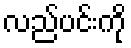
လည်ပင်းကို